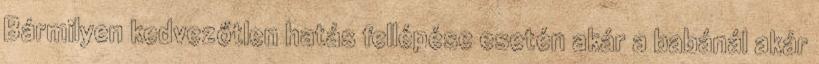
Bármilyen kedvezőtlen hatás fellépése esetén akár a babánál akár